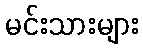
မင်းသားများ